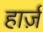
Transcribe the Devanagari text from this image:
हार्ज़